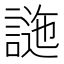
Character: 𧪁